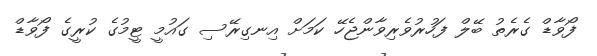
ފޯވާޑް ގެރެތު ބޭލް ފަހުރުވެރިވާންޖެހޭ ކަމަށް އިނގިރޭސި ގައުމީ ޓީމުގެ ކުރީގެ ފޯވާޑް